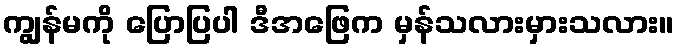
ကျွန်မကို ပြောပြပါ ဒီအဖြေက မှန်သလားမှားသလား။